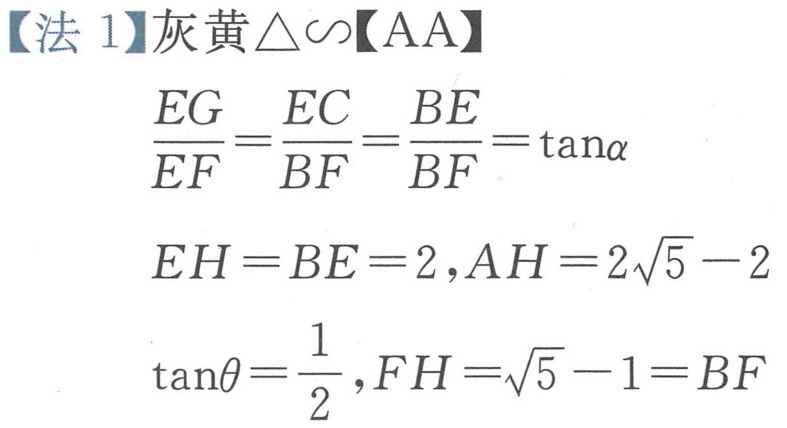
【法 1】灰黄\(\triangle\sim\)【AA】
\(\frac{EG}{EF}=\frac{EC}{BF}=\frac{BE}{BF}=\tan\alpha\)
\(EH = BE = 2,AH = 2\sqrt{5}-2\)
\(\tan\theta=\frac{1}{2},FH=\sqrt{5}-1=BF\)